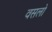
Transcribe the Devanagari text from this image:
वसलो